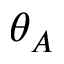
\theta _ { A }